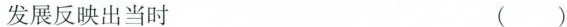
发展反映出当时 ()